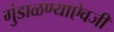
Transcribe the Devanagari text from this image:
गुंडाळण्याऐवजी